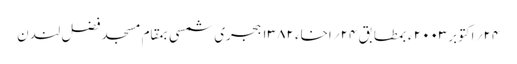
۲۴؍ اکتوبر۲۰۰۳ ء بمطابق ۲۴؍اخاء ۱۳۸۲ ہجری شمسی بمقام مسجد فضل لندن